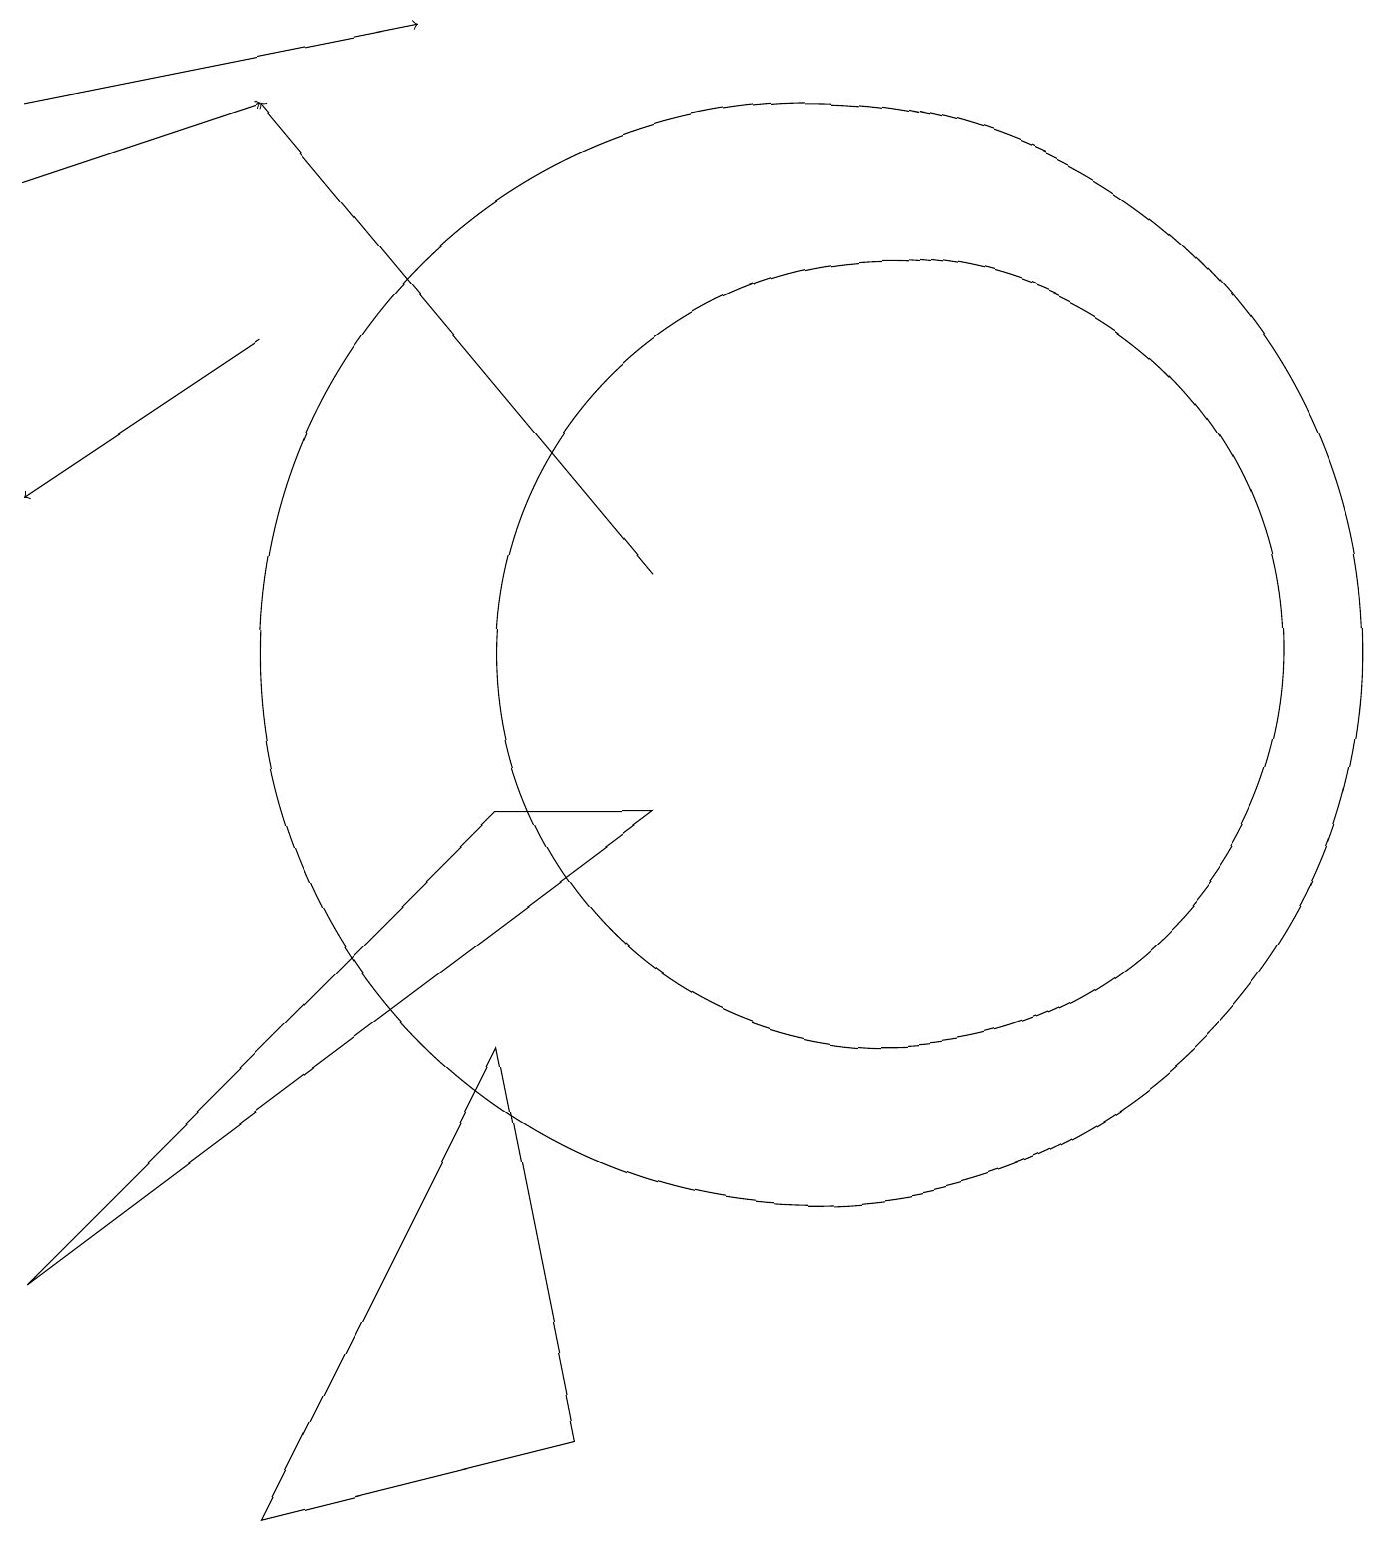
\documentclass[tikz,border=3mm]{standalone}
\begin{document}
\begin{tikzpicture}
\draw (10,11) circle (7);
\draw[->] (0,17) -- (3,18);
\draw[->] (3,15) -- (0,13);
\draw (7,1) -- (3,0) -- (6,6) -- cycle;
\draw[->] (8,12) -- (3,18);
\draw (8,9) -- (0,3) -- (6,9) -- cycle;
\draw[->] (0,18) -- (5,19);
\draw (11,11) circle (5);
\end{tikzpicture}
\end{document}